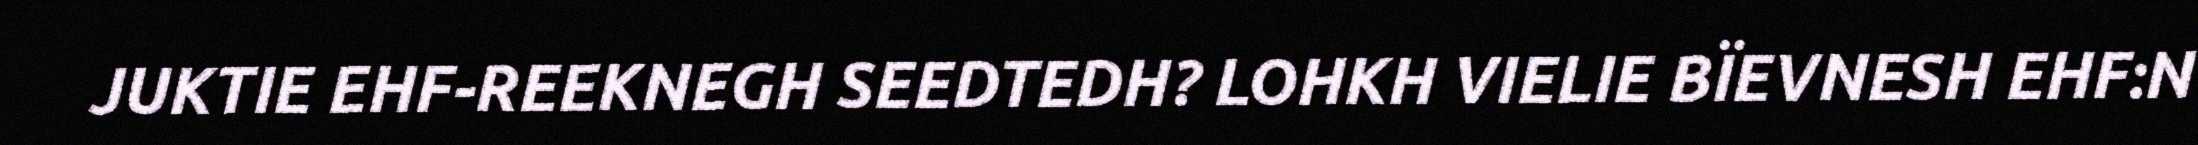
JUKTIE EHF-REEKNEGH SEEDTEDH? LOHKH VIELIE BÏEVNESH EHF:N